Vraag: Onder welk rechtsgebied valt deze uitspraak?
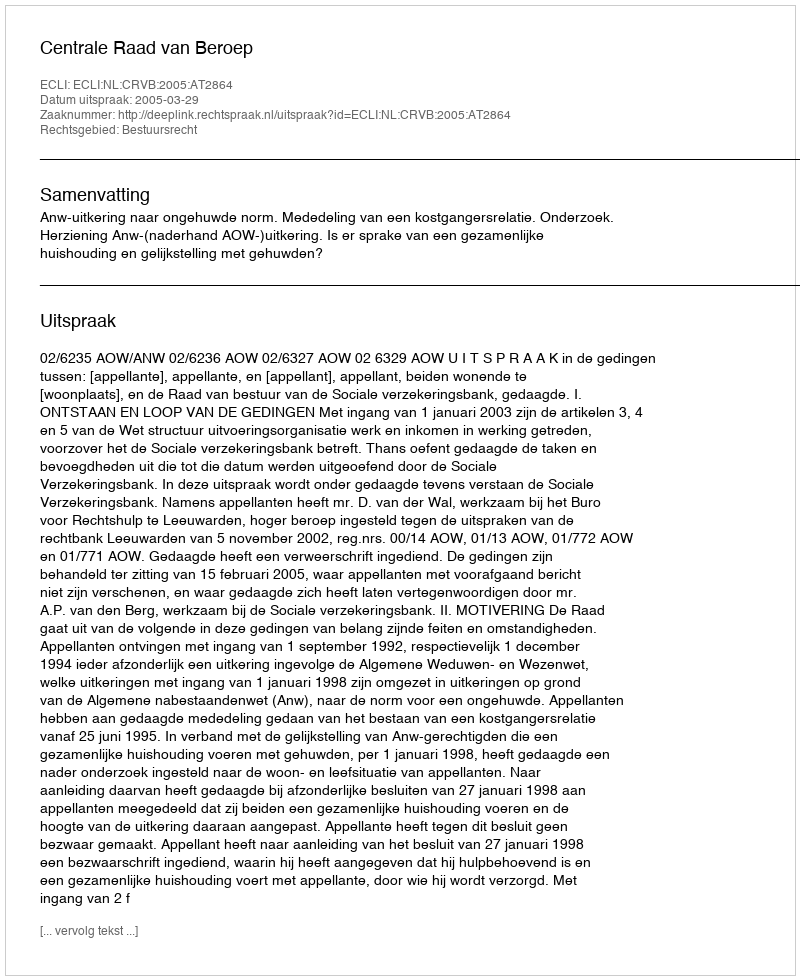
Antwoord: Bestuursrecht